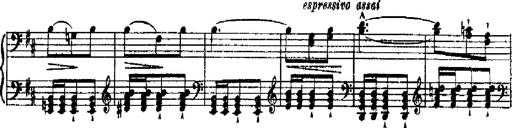
Title: RÃ©miniscences de Robert le diable
Composer: Franz Liszt